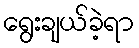
ရွေးချယ်ခဲ့ရာ